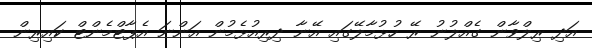
އަދި ރިލްވާން ގެއްލުނު ރޭ ހުޅުމާލޭގައި އޭނާ ދިރިއުޅެމުން އަންނަ އެޕާޓްމެންޓް ކައިރިން